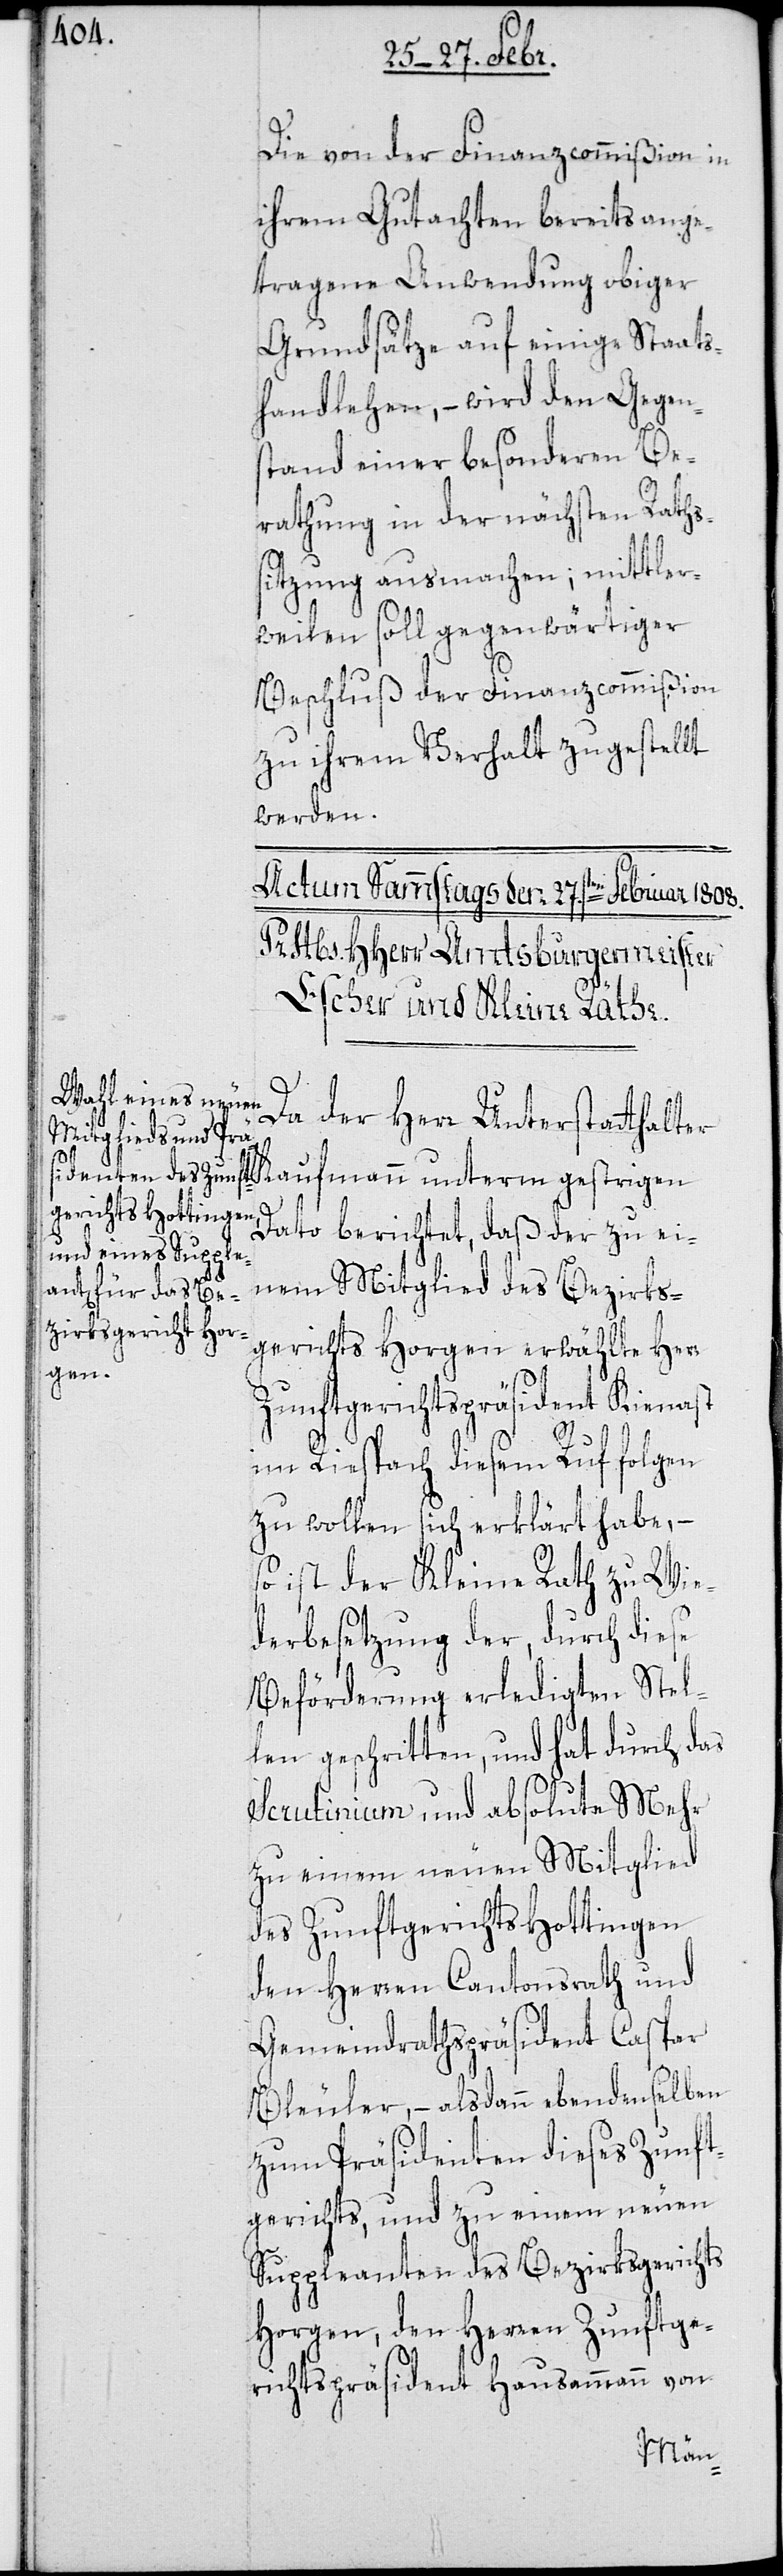
Die von der Finanzcommißion in
ihrem Gutachten bereits ange¬
tragene Anwendung obiger
Grundsätze auf einige Staats¬
handlehen, – wird den Gegen¬
stand einer besonderen Be¬
rathung in der nächsten Raths¬
sitzung ausmachen; mittler¬
weilen soll gegenwärtiger
Beschluß der Finanzcommißion
zu ihrem Verhalt zugestellt
werden.
Da der Herr Unterstatthalter
Kaufmann unterm gestrigen
Dato berichtet, daß der zu ei¬
nem Mitglied des Bezirks¬
gerichts Horgen erwählte Herr
Zunftgerichtspräsident Kienast
im Riespach diesem Ruf folgen
zu wollen sich erklärt habe,
so ist der Kleine Rath zu Wie¬
derbesetzung der, durch diese
Beförderung erledigten Stel¬
len geschritten, und hat durch das
Scrutinium und absolute Mehr
zu einem neuen Mitglied
des Zunftgerichts Hottingen
den Herren Cantonsrath und
Gemeindrathspräsident Caspar
Bleuler, – alsdann ebendenselben
zum Präsidenten dieses Zunft¬
gerichts, und zu einem neuen
Suppleanten des Bezirksgerichts
Horgen, den Herren Zunftge¬
richtspräsident Hausammann von